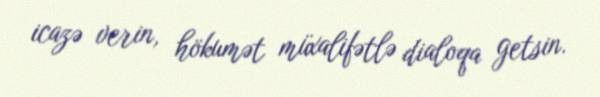
icazə verin, hökumət müxalifətlə dialoqa getsin.